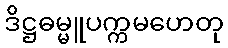
ဒိဋ္ဌဓမ္မူပက္ကမဟေတု